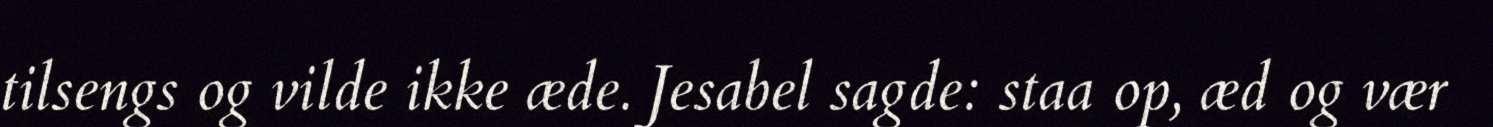
tilsengs og vilde ikke æde. Jesabel sagde: staa op, æd og vær